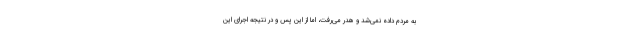
به مردم داده نمی‌شد و هدر می‌رفت، اما از این پس و در نتیجه اجرای این